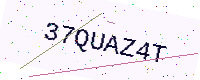
Text: 37QUAZ4T